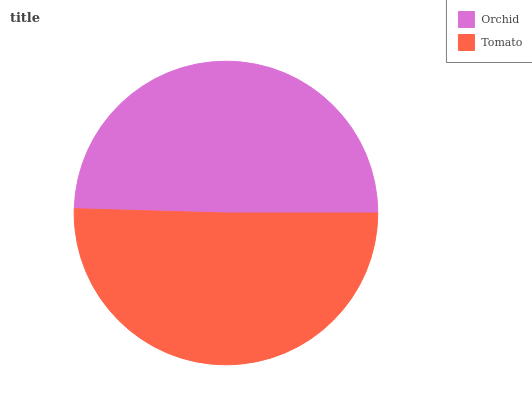
| Orchid | Tomato |
 | --- | --- |
 | 49.5% | 50.5% |